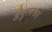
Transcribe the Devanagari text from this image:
अणुस्वरूप